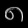
Digit: ၈